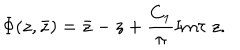
\Phi ( z , \bar { z } ) = \bar { z } - z + \frac { C _ { 1 } } { \pi } \mathrm { I m } \tau ~ z .